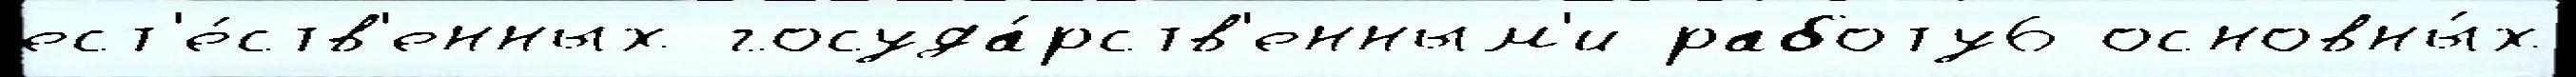
ест'е́ств'енных госуда́рств'енным'и работу6 основны́х